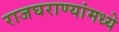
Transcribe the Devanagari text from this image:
राजघराण्यांमध्ये